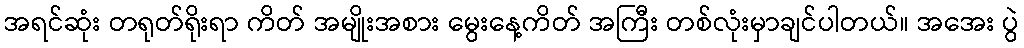
အရင်ဆုံး တရုတ်ရိုးရာ ကိတ် အမျိုးအစား မွေးနေ့ကိတ် အကြီး တစ်လုံးမှာချင်ပါတယ်။ အအေး ပွဲ